Statistical return of the lunatic asylum in Assam - 1912-1932
Year: 1912
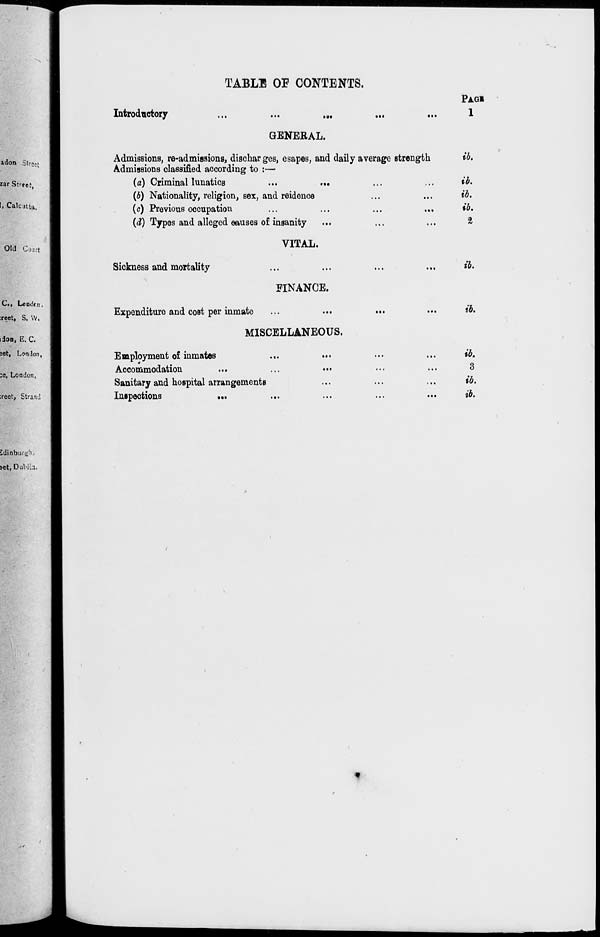
TABLE OF CONTENTS.
c. LoUO( i!
;reet, s. w.
lion, E.C.
-et, London,
:e, London,
:reet, Strand
Introductory
GENERAL.
Admissions, re-admissions, discharges, esapes, and daily average strength
Admissions classified according to :—
(a) Criminal lunatics
...
...
{b) Nationality, religion, sex, and reidence
(c) Previous occupation
...
...
...
...
(d) Types and alleged eauses of insanity
Sickness and mortality
VITAL.
FINANCE.
Expenditure and cost per inmate
MISCELLANEOUS.
Employment of inmates
...
Accommodation
Sanitary and hospital arrangements
Inspections
...
...
PAGI
1
ib.
ib.
ib.
ib.
I
ib.
ib.
ib.
3
ib.
ib.